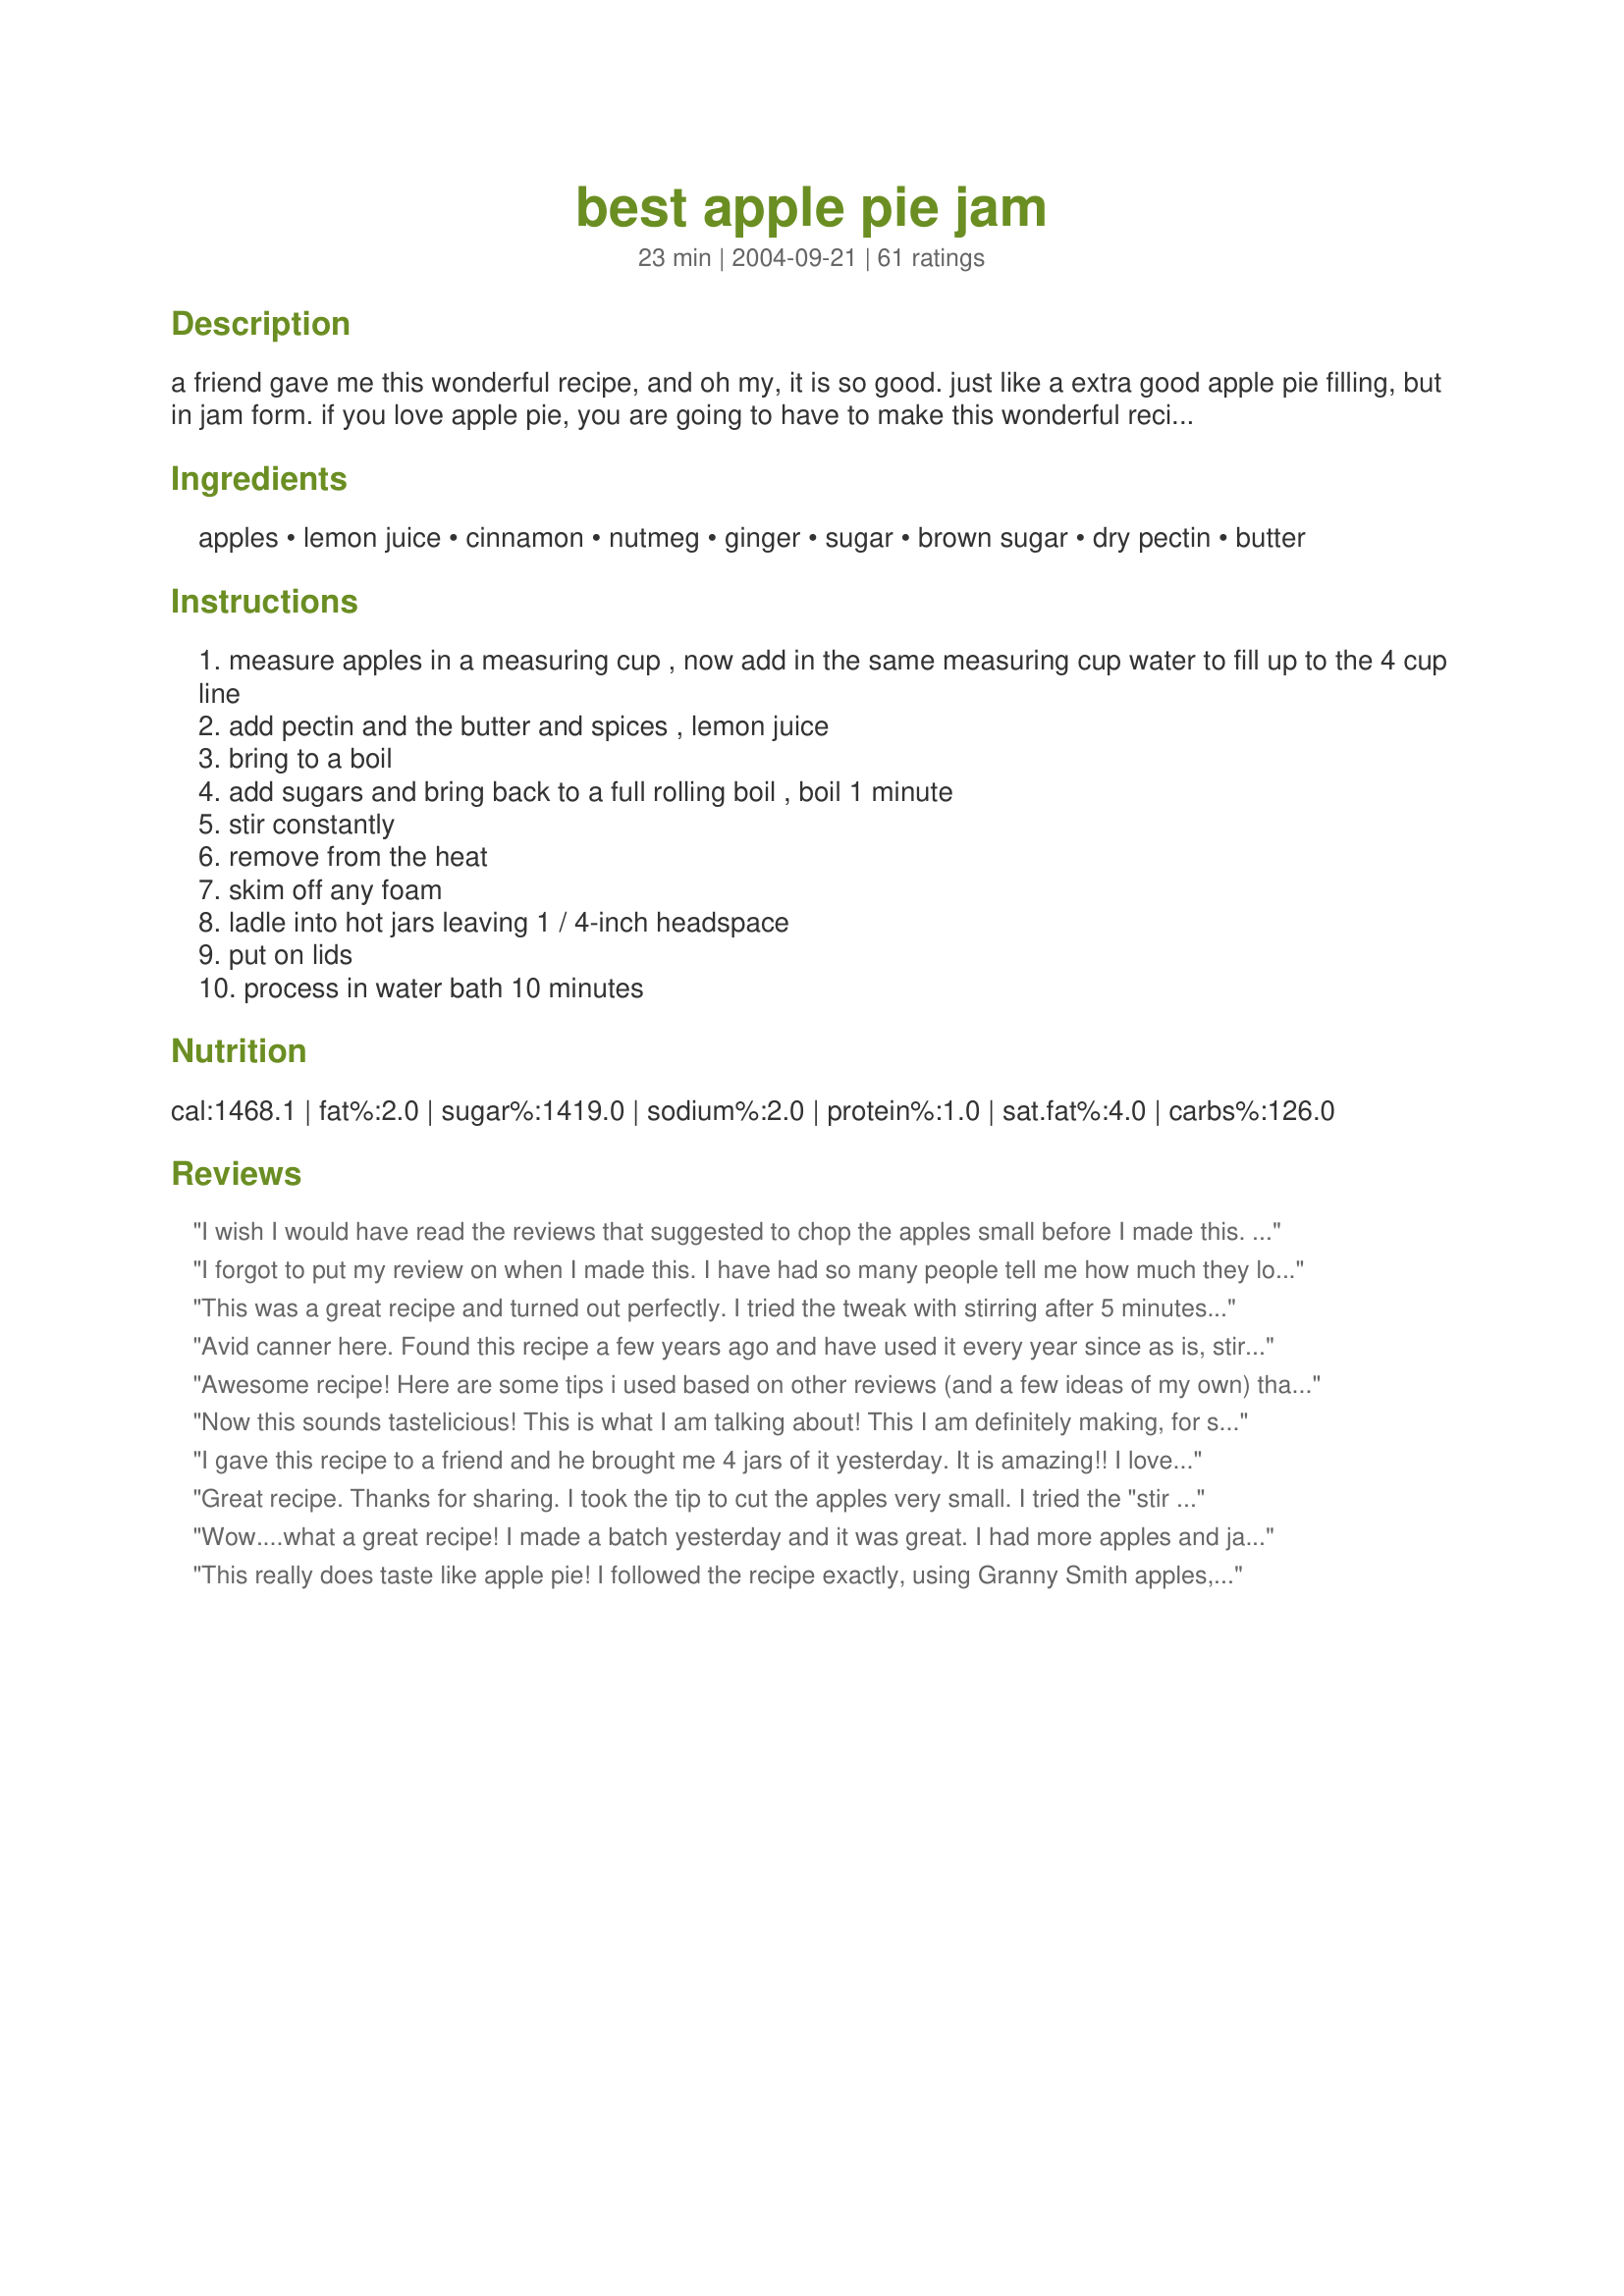
best apple pie jam
Preparation time: 23 minutes

a friend gave me this wonderful recipe, and oh my, it is so good. just like a extra good apple pie filling, but in jam form. if you love apple pie, you are going to have to make this wonderful recipe. my husband who only likes strawberry jam, said, "this recipe was excellent!" it is excellent on english muffins, pancakes or toast. even over ice cream too!!

Ingredients:
apples, lemon juice, cinnamon, nutmeg, ginger, sugar, brown sugar, dry pectin, butter

Steps:
measure apples in a measuring cup , now add in the same measuring cup water to fill up to the 4 cup line
add pectin and the butter and spices , lemon juice
bring to a boil
add sugars and bring back to a full rolling boil , boil 1 minute
stir constantly
remove from the heat
skim off any foam
ladle into hot jars leaving 1 / 4-inch headspace
put on lids
process in water bath 10 minutes

Reviews:
I wish I would have read the reviews that suggested to chop the apples small before I made this. I will definitely do that next time. I also left out a cup of the white sugar and was still too sweet for my taste. Great flavors though!
I forgot to put my review on when I made this. I have had so many people tell me how much they loved this jam. They are telling me they want more. So I will be making this again when it gets cooler.
Again it is the BEST!!
This was a great recipe and turned out perfectly. I tried the tweak with stirring after 5 minutes and it didn’t work for me, but it didn’t matter. Still set great and tasted even better.
Avid canner here. Found this recipe a few years ago and have used it every year since as is, stirring 5 minutes after I turn the heat off to suspend the apple chunks in the jam. A family favorite. Have always made it on the stove top, but will be trying it in my new Ball jam maker this year.
Awesome recipe! Here are some tips i used based on other reviews (and a few ideas of my own) that made this recipe come out perfectly! FIRST, use a 4 cup measuring cup. They&#039;re cheap and easy to find at any grocery store. Put the lemon juice and about half a cup of water in the measuring cup. This will keep your apples from turning brown if you go slow. SECOND, cut the apples very small. I cut them so they were a little smaller than a pencil eraser. So, they were roughly 3/16 to 1/4 inch cubes. THIRD, bring the apples, water, lemon juice, and pectin to a boil. Boil for about 2 minutes before moving on. FOURTH, after adding the sugar and brown sugar, bring it to a boil and let it cook for 6-7 minutes. FIFTH, when you&#039;re ready to pour it into your hot jars, wait 3 minutes. Just let it rest a bit and give it a stir before ladling into the jars. I&#039;ve done this recipe 3 times today and by doing these things, I&#039;ve come out with perfect jam! The apples are distributed evenly throughout the jar and the texture is perfect! Good luck! You&#039;re going to love this jam!
Now this sounds tastelicious! This is what I am talking about! This I am definitely making, for sure! No doubt about it!
Jelly
I gave this recipe to a friend and he brought me 4 jars of it yesterday. It is amazing!! I love it! it's so addictive! I've never been this crazy about a jam before but I have to make this for Christmas gifts. SO GOOD!!! It tastes just like an apple pie! My daughter and I have been sneaking bites on crackers. YUM!
Great recipe. Thanks for sharing. I took the tip to cut the apples very small. I tried the "stir for 5 mins after boiling" trick to get the apples to stay suspended in the jam, didn't work for me. Easy enough to stir the jam when you open a jar. I didn't like the goo to apple ratio, so i upped the apples some and reduced the sugars by 25% in my second batch with excellent results.
Wow....what a great recipe! I made a batch yesterday and it was great. I had more apples and jars so today I made another batch. This time I used Chef on the Coast's idea of adding cranberries. I also added 1 c. finely chopped walnuts. I used a veggie chopper to dice the apples into tiny pieces. It worked great. Tastes like apple pie without the crust. Thanks for the recipe.
This really does taste like apple pie! I followed the recipe exactly, using Granny Smith apples, and wound up with four 12 oz. jars and one 8 oz. jar so we'll have a nice supply on hand.
Great recipe, and so easy to make. I have made two batches in the past week. One with Granny Smith apples and the other with crab apples. This is a jam that I will make every year!
This is great. I tried the trick of stirring and all to get the apples to float down to the bottom and it didn't work, but still good nonetheless!
The family and, I really love this jam they were not big on the nutmeg and ginger, but they couldn't even tast it! The only thing that I would say is that for people at higher altuteds to boil the jam for at lest 10 to 15 min. I did the one min boil and it was still not very thick. I will make this for x-mass!
I made several pints last week and after friends did some "taste testing" I'm going to have to make some more tonight! This is a great recipe. I didn't change a thing. It set up beautifully. Thanks for this addition to my "tried and true" recipes!
This was really good and easy to make, however it didn't get as thick as I thought it would. Thanks, but I'll try looking for something thicker.
I burned my finger and dont like the goo ness of the recipe and definitely neec to put how long need to stir and boil :( because i was lost
This is delicious!! I made as directed with the exception of ginger, I didn't have any... also I did as another reviewer suggested and added an extra cup of apples. This is easy and fast to make. I was looking for something to do with my apples other than applebutter, I'm not much of a fan of it. I was extremely happy with the recipe and will be making another batch within a day or two!! Thanks mich for posting!
The apple trees here on the Ranch have me with an over abundance of apples so I went searching for ways to use them and decided to try this recipe. OMG!!! So glad I did, it&#039;s so easy and turned out great. I pretty much followed the recipe with the exception of adding 1 teaspoon of all spice; do wish I&#039;d followed other reviews about upping the amount of apples but didn&#039;t want to take a chance of making it so the jam wouldn&#039;t set. As it came out it was perfect with that yummy apple pie flavor. I got 6 half pints as stated plus one extra (it had less apples, but still has the flavor) I&#039;m going to make another batch of these in the small jars to use with my Christmas baskets this year, it&#039;s that good.
After reading the reviews for this recipe, I expected it to be good, but this jam by far exceeded my expectations. It is great with peanut butter on toast!
Wow - what a great recipe. Fast and delicious. Next time I would cut down a little on the sugar and make it 4 heaping cups of apples. 
Thanks so much for this recipe - a real keeper.
Yumm-o!! I have to agree with everyone else this is the best ever jam. The only change I made was I didnt have any lemon juice so I used lime juice. It worked great. It set up beautifully and I'm fixing to make another batch before I go to bed tonight. A neighbor to my parents gave me all the apples off his property they dont look the best but they sure do make some darn good jam. I will be making this every year and putting in Christmas baskets and presents for the kids teachers. Thank you for such a wonderful and easy recipe.
This is great! Very easy to make & very tasty, especially with the tart apples (I used Granny Smiths). I also added 1/4 teaspoon each of allspice & ground cloves for extra spice. I'm sure I'll be having to make more of this soon as 6 half-pints won't last long!
Wow- this jam is AWESOME! I followed the recipe but added an extra 1/2 tsp of cinnamon. I also stirred it for five minutes as another reviewer had suggested to keep the fruit from floating. I diced the apples fairly fine also. This is KEEPER! Thank you for posting this recipe!
OHHHHH this is so good!! 
 I followed the recipe exactly and this is so delicious. I got 7 half pints out of this plus about 1/2 of a jar which I just put into my fridge. I've been picking away at the jar in my fridge all morning. very addictive :) I will definitely find many uses for this.
Thanks for this amazing recipe.
Brilliant! I just kept cooking it until it passed the traditional jam test and it's been fantastic.

So great on a whole wheat tortilla with peanut butter. Even better inside a grilled cheese with sliced apples and swiss cheese. Thanks so much for sharing!
This will be going in the holiday gift baskets. I followed the recipe to a T and it came out wonderful!!!!
This is the best jam I have ever tasted. I used 1/2 tsp. of allspice in place of the ginger and nutmeg.
This is simply heaven in a jar. The best use for your apples. Delicious, delicious!! I used jam sugar instead of white sugar and pectin and will cut down on the overall sugar amount the next time just a notch as this is plenty sweet (not that this is a problem in a jam!). Thank you so much for sharing the recipe! This will be my default apple jam from now on!
Delicious!!! I would use a little more apples, and cut them smaller next time, but very good!
Easy and super yummy! This was my first jame and I am going to be making a bunch more for CHRISTmas. Thank you so much, MichEgan!! This recipe made it into our book#179809!
My guys absolutely loved this! I got almost 7 half pints out of this and one is almost gone already. I just made it yesterday. I used granny smith apples. I will be making this one again! Thanks for sharing.
absolutely amazing. Try it in a biscuit[the kind that come in a roll. Just pat out each biscuit put a teaspoon of jelly fold and seal . Kids loved them ,esp the ones i sprinkled with cinnamon and sugar.
Absolutely delicious! Since I'm in high altitude, I water bathed the jam for approximately 18 minutes. I used my Pampered Chef food chopper to chop the apples into smaller pieces, which cooked nice and tender . . melt in your mouth yum! A keeper for sure!! BTW, I used the four cups white sugar/1 cup brown sugar -> perfect for us. However, I shared this recipe with a friend, and she preferred 1 cup white sugar/1 cup brown sugar. She pureed the apple chunks in a blender. Hers came out good as well, tasting a bit like apple butter. LOVE this recipe, thanks so much for posting it!
This recipe turned out great. I doubled it and I might cut back on the sugar a little bit next time but still delicous.
Loved this and so easy to make
The only change I made was to put in plastic container and will freeze it. 
Will definitelly make it again.

This is a stellar recipe and great for using up apples! I love how it made my house smell when cooking. :) Thanks so much!
Hands down - this is one of the best jams I have ever had! I gave a jar to a good friend and she couldn't get over how delicious! We (DH and I) had it over vanilla ice cream and caramel sauce drizzled over that. Thank you for a wonderful recipe! We will definitely be making this over and over and over. Next time I might give adding cranberries a try.
I'm another first time "jammer" (and reviewer) and this is positively marvelous! A dream to make and [it will be] a delight to give along with gifts. It's so easy to make, tastes true to it's claim and is absolutely stunning to admire when you're done. Out of tastebud preferences -I used 2 cups of brown sugar and only 1 cup of white sugar, lime juice instead of the lemon, and I used a bit more of the cinnamon, nutmeg, and ginger- but only from knowing how spicy we like things here. Definitely worth 5 stars, or more!!! Thanks sooooo much!!!
this was amazing it worked perfectly my only complaint is i didn't know it would boil over that fast you need to have quick hands for this!
I just made this jam today...turned out great!!! I used frozen apple juice in place of the water...and added only 1 cup of xylitol in place of the sugar (quite sweet). Besure to chop the apples into small pieces. I doubled the recipe and used 2 boxes of ""no sugar needed pectin". It ended up with 5 pints exactly. Thanks for this wonderful recipe!!!
This is great! Next time I'll have to chop the apples into smaller pieces since it's a bit chunkier than I like in a spread. D-lish!
Really wonderful! The jam was dark, but good!
This is very tasty and oh so easy to make. I also used Granny Smith apples, chopped quite small. I'd thought about grating the apple, but decided against it. It might have been more like mush then. Of course.....I might give it a try next time. I added maybe a bit too much cinnamon, but that's okay. Ginger I'm not fond of so left that out. All in all.....it's really good. I stirred for about 5 minutes once I removed it from the heat, and that took care of any floating fruit. Set up beautifully too! The whole house smelled like a bakery. Thanks so much for sharing.
I once, again, canned and lived to tell about it. What will be next...Dancing With the Stars?!!
This is wonderful!!! I think it would be good on muffins, pancakes, toast, ice cream, biscuits...or just out of a spoon. I did chop the apples rather small so they wouldn't be like "chunks". I will have to make more of this to put in gift baskets. This on is a keeper for sure. Thanks michEgan, for posting this one!
Excellent! Very easy, clear directions and absolutely delicious! I have been looking forward to this jam for months and finally got it made. This one will be a regular at my house, especially for Christmas gifts as apples are readily available all year. I got exactly 6 half-pints. Like kdp, I'd suggest chopping the apples in small pieces as they don't cook down like fruits in other jams. Thanks, michEgan, for a great recipe!!!
So wonderful, so easy, so quick! I got 7 scant half-pints out of this recipe. Wonderful on waffles and ice cream. Give it a try, and give it as gifts :-) - TammyM
Completely delicious, steps were easy to follow and it set perfectly. For those in Aus, the &#039;Jam Setter&#039; stuff you get in the sugar aisle worked just fine and the amount is perfect. Yummy.
My sister and I discovered canning last summer. It was 100 degrees at my Moms. Old house - windows did not open -and the fans would blow out the pilot light on stove- So we suffered the heat and continued canning beans, salsa, pickles and jam. I have to say that this jam was worth every ounce of suffering (haha) They were included in gift baskets and had several requests for a repeat next year :) It is a keeper! Thank you :)
This is certainly the best jam ever. It is now a staple at my Bed and Breakfast.I don't know if I will ever be able to top it
I just realized I have not rated this recipe - I have been recommending it to many people.
This is very good - I use it for little Christmas gifts, etc. and everyone seems to love it.
Yes indeed this a delicious apple jam. I pretty much followed the recipe except I put my apples in a 4 cup measuring cup and had it heaping with apples then added the water to the 4 cup mark. I then put all of the ingredients in my pot except the pectin and sugars and cooked the apples a bit to soften them up (probably about 10 minutes). I then added the pectin, brought it to a boil for 1 minute then added the sugars and brought it back to a hard boil that couldn't be stirred down and boiled for 1 minute. I removed it from the fire and let it sit for 5 minutes stirring often before I finished processing in my sterilized jars. I, too, like other posters chopped my apples in small pieces. I can't wait to try this on biscuits, ice cream, pound cake or just on the end of a spoon - DELICIOUS!
Following everyones suggestions I also used Granny Smith apples and chopped them small in my double batch of jam..however I used Pamona's Pectin and didnt add enough to the jam and it didnt set up so I had to bring it back to the boil and add more pectin after rewashing/sterilizing my jars & lids. Its cooling now and I can hear the ping ping of the lids sealing.....yaaaaayyyy I am sure this jam is going to be awsome and thanks very much to michEgan for the great recipe. Plan to make oodles of it in the fall once apples are more abundant as a fundraiser for our local vet who kindly takes in strays and cares for them Thanks again !!!!
Love this recipe. The hubby and I ate a whole half pint in one day. I made it exactly as written using Jonathan apples and canned it in half pint jars. It tastes just like an apply pie!!!
I'm another first time canner and I was certainly apprehensive to say the least. This recipe turned out beautifully and I think the people receiving these jars will definitely enjoy them. I used granny smith apples like other users and I assumed I should peel the apple even though the recipe didn't specify. I also stirred the jam for 5 minutes after taking it off the heat to try and help w/ the floating apple issues and it worked. Thanks for a great recipe!
Fantastic! This was one of the first things I ever canned and it turned out beautifully! I am so proud! I can't wait to share this with everyone on my Christmas list. Thanks for this!
Wow great recipe. Fantastic flavor!!
Wow - I expected this to be good, but it is the best I have ever tasted. We are putting jars in our gift baskets for the holidays - our friends are going to love this. I made this with Granny Smith apples - didn't change a thing - it was perfect.
This is the best jam, my family really enjoyed it.thanks for posting it. YUMMY!!!!!
Absolutely fantastic jam! Took pheasant farmer's suggestion and used granny smiths. I'll make this annually.
Another 1st timer to jam and this was easy to make and super tasty too! I used granny smith apples and my batch made exactly 6 - 8oz. jars. I look forward to making several more batches to put in gift bags along with english muffins for hostess gifts this holiday season. To keep the fruit from floating to the top of the jar, I stirred for 5 minutes after cooking and before putting in jars - this hint was on the canning board and I found it to work. Great recipe!
